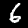
Digit: 6